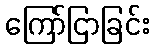
ကြော်ငြာခြင်း